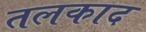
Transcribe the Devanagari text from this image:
तलकाद